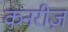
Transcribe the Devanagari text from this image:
कनरीज़